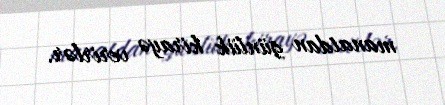
manatdan günlük kirayə verirlər.